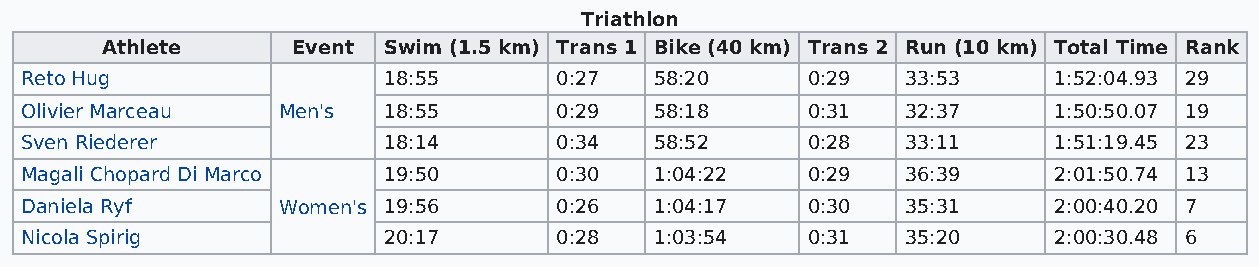
Triathlon
 Athlete     Event Swim (1.5 km) Trans 1 Bike (40 km) Trans 2 Run (10 km) Total Time Rank
 Reto Hug                18:55       0:27  58:20     0:29   33:53     1:52:04.93 29
 Olivier Marceau  Men's  18:55       0:29  58:18     0:31   32:37     1:50:50.07 19
 Sven Riederer           18:14       0:34  58:52     0:28   33:11     1:51:19.45 23
 Magali Chopard Di Marco 19:50       0:30  1:04:22   0:29   36:39     2:01:50.74 13
 Daniela Ryf      Women's 19:56      0:26  1:04:17   0:30   35:31     2:00:40.20 7
 Nicola Spirig           20:17       0:28  1:03:54   0:31   35:20     2:00:30.48 6